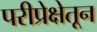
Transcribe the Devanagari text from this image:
परीप्रेक्षेतून